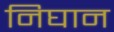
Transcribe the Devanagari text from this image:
निघान